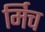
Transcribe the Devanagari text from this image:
र्मिच